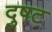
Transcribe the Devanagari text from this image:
दुषट